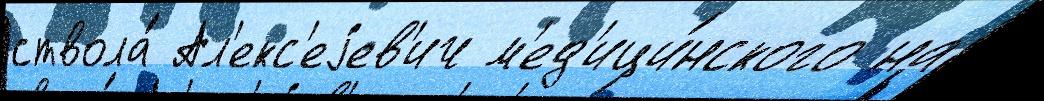
ствола́ Ал'екс'еjев'ич м'ед'ици́нского на